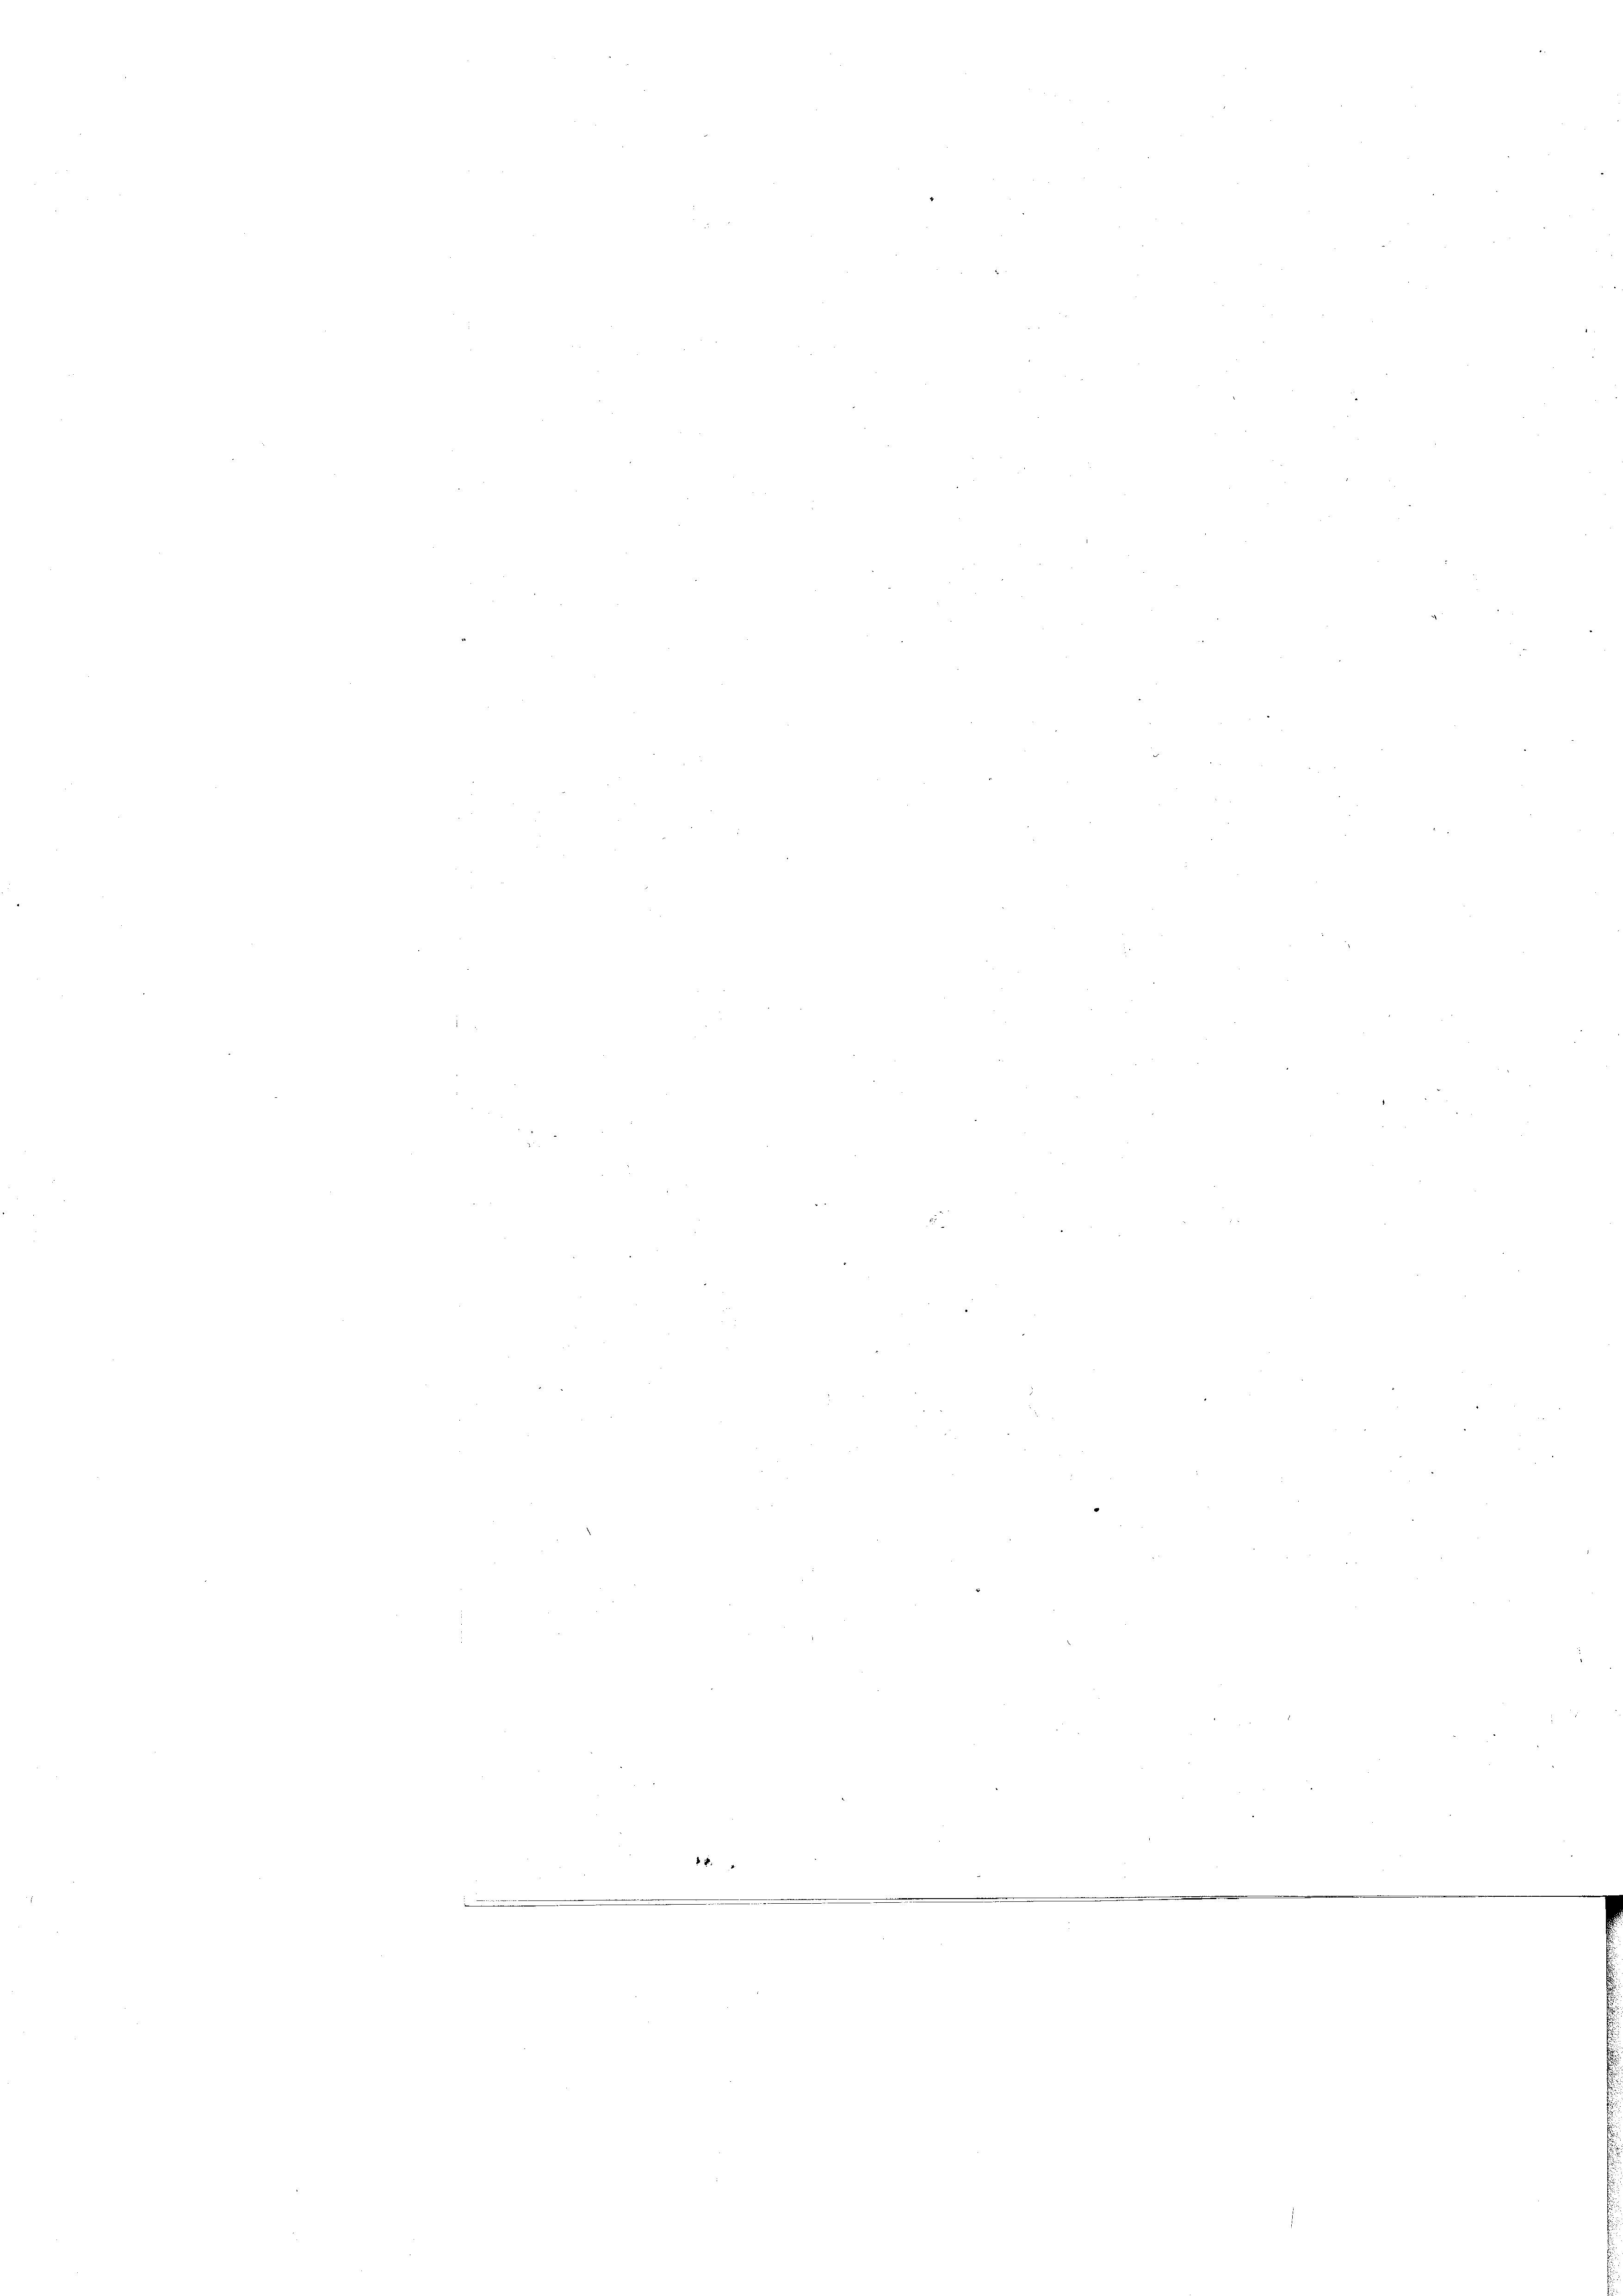
i
e
.

5

e
e
.
e
e
n
i
.
M